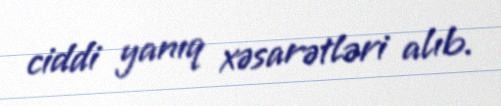
ciddi yanıq xəsarətləri alıb.